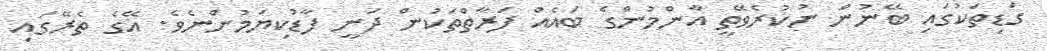
ގަޑިތަކުގައި ބޭނުން ނުކުރެވޭތީ އާންމުންގެ ބައެއް ފަރާތްތަކުން ދަނީ ފާޑުކިޔަމުންނެވެ. އޭގެ ތެރޭގައި